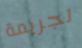
لجريمة